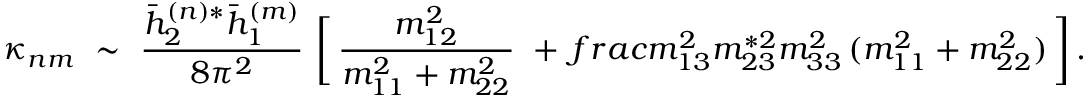
\kappa _ { n m } \ \sim \ \frac { \bar { h } _ { 2 } ^ { ( n ) * } \bar { h } _ { 1 } ^ { ( m ) } } { 8 \pi ^ { 2 } } \ \bigg [ \, \frac { m _ { 1 2 } ^ { 2 } } { m _ { 1 1 } ^ { 2 } + m _ { 2 2 } ^ { 2 } } \ + \, f r a c { m _ { 1 3 } ^ { 2 } m _ { 2 3 } ^ { * 2 } } { m _ { 3 3 } ^ { 2 } \, ( m _ { 1 1 } ^ { 2 } + m _ { 2 2 } ^ { 2 } ) } \, \bigg ] \, .